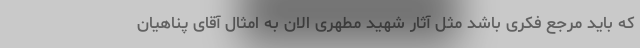
که باید مرجع فکری باشد مثل آثار شهید مطهری الان به امثال آقای پناهیان